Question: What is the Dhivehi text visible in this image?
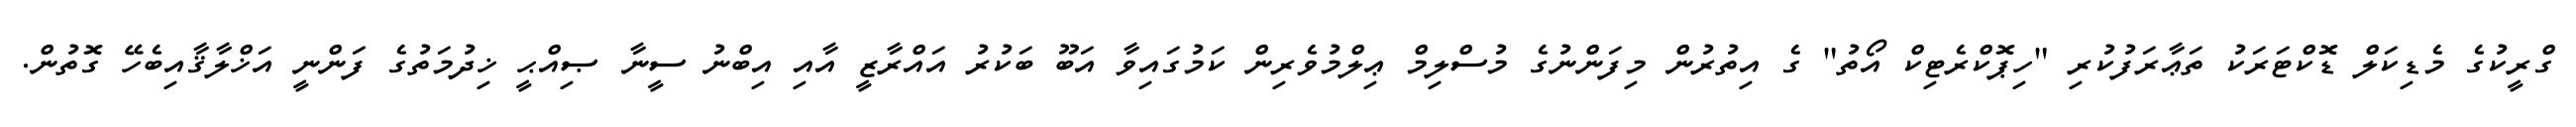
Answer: ގްރީކުގެ މެޑިކަލް ޑޮކްޓަރަކު ތަޢާރަފުކުރި "ހިޕޮކްރެޓިކް އޯތު" ގެ އިތުރުން މިފަންނުގެ މުސްލިމް ޢިލްމުވެރިން ކަމުގައިވާ އަބޫ ބަކުރު އައްރާޒީ އާއި އިބްނު ސީނާ ޞިއްޙީ ޚިދުމަތުގެ ފަންނީ އަޚްލާޤާއިބެހޭ ގޮތުން.